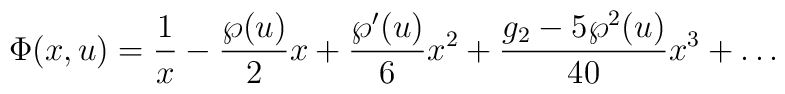
\Phi(x,u) = {1\over x} - {{\wp(u)}\over 2} x +{{\wp'(u)}\over 6} x^2 +	  {{g_2-5\wp^2(u)}\over{40}} x^3+ \ldots